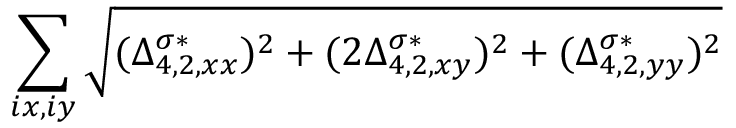
\sum _ { i x , i y } \sqrt { ( \Delta _ { 4 , 2 , x x } ^ { \sigma * } ) ^ { 2 } + ( 2 \Delta _ { 4 , 2 , x y } ^ { \sigma * } ) ^ { 2 } + ( \Delta _ { 4 , 2 , y y } ^ { \sigma * } ) ^ { 2 } }